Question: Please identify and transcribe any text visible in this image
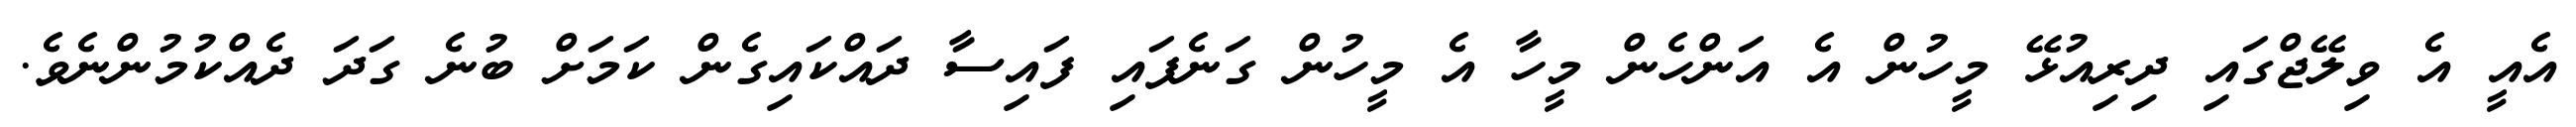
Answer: އެއީ އެ ވިލޭޖްގައި ދިރިއުޅޭ މީހުން އެ އަންހެން މީހާ އެ މީހުން ގަނެފައި ފައިސާ ދައްކައިގެން ކަމަށް ބުނެ ގަދަ ދެއްކުމުންނެވެ.